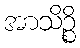
အာသိဉ္စိ